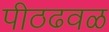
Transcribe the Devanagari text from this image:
पीठढवळ